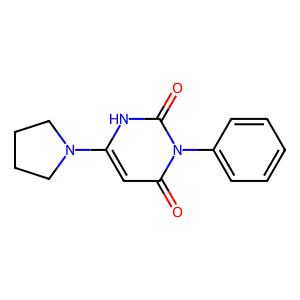
SMILES: O=c1cc(N2CCCC2)[nH]c(=O)n1-c1ccccc1
Inhibits HIV replication: No